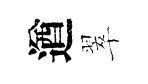
遒翠